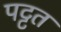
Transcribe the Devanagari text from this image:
पट्टत